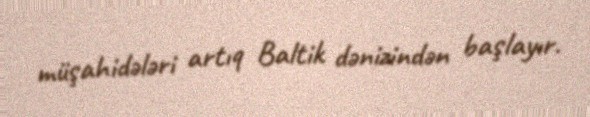
müşahidələri artıq Baltik dənizindən başlayır.